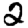
Digit: 2